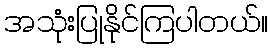
အသုံးပြုနိုင်ကြပါတယ်။